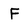
Character: F